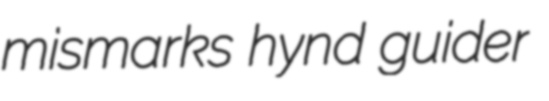
mismarks hynd guider